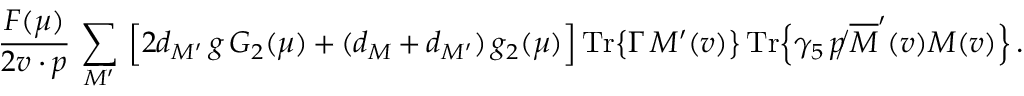
{ \frac { F ( \mu ) } { 2 v \cdot p } } \, \sum _ { M ^ { \prime } } \, \Big [ 2 d _ { M ^ { \prime } } \, g \, { \cal { G } } _ { 2 } ( \mu ) + ( d _ { M } + d _ { M ^ { \prime } } ) \, g _ { 2 } ( \mu ) \Big ] \, \mathrm { T r } \big \{ \Gamma \, { \cal { M } } ^ { \prime } ( v ) \big \} \, \mathrm { T r } \Big \{ \gamma _ { 5 } \, \, \rlap / \! p \, \overline { { { \cal { M } } } } ^ { \prime } ( v ) { \cal { M } } ( v ) \Big \} \, .